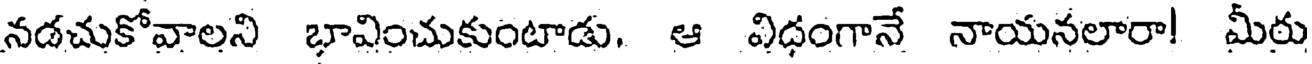
నడచుకోవాలని భావించుకుంటాడు. ఆ విధంగానే నాయనలారా! మీరు